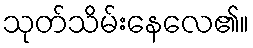
သုတ်သိမ်းနေလေ၏။